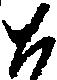
と